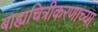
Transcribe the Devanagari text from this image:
बाह्यचित्रीकरणाच्या